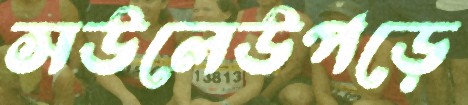
সউলেউপড়ে